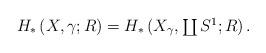
LaTeX: \begin{align*} \textstyle H_*\left(X,\gamma;R\right)=H_*\left(X_\gamma,\coprod S^1;R\right). \end{align*}